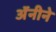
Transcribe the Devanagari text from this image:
अॅनीने